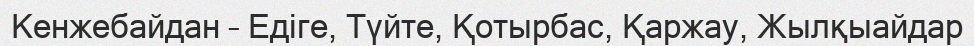
Кенжебайдан – Едіге, Түйте, Қотырбас, Қаржау, Жылқыайдар